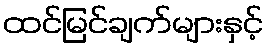
ထင်မြင်ချက်များနှင့်